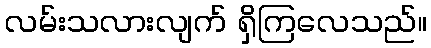
လမ်းသလားလျက် ရှိကြလေသည်။